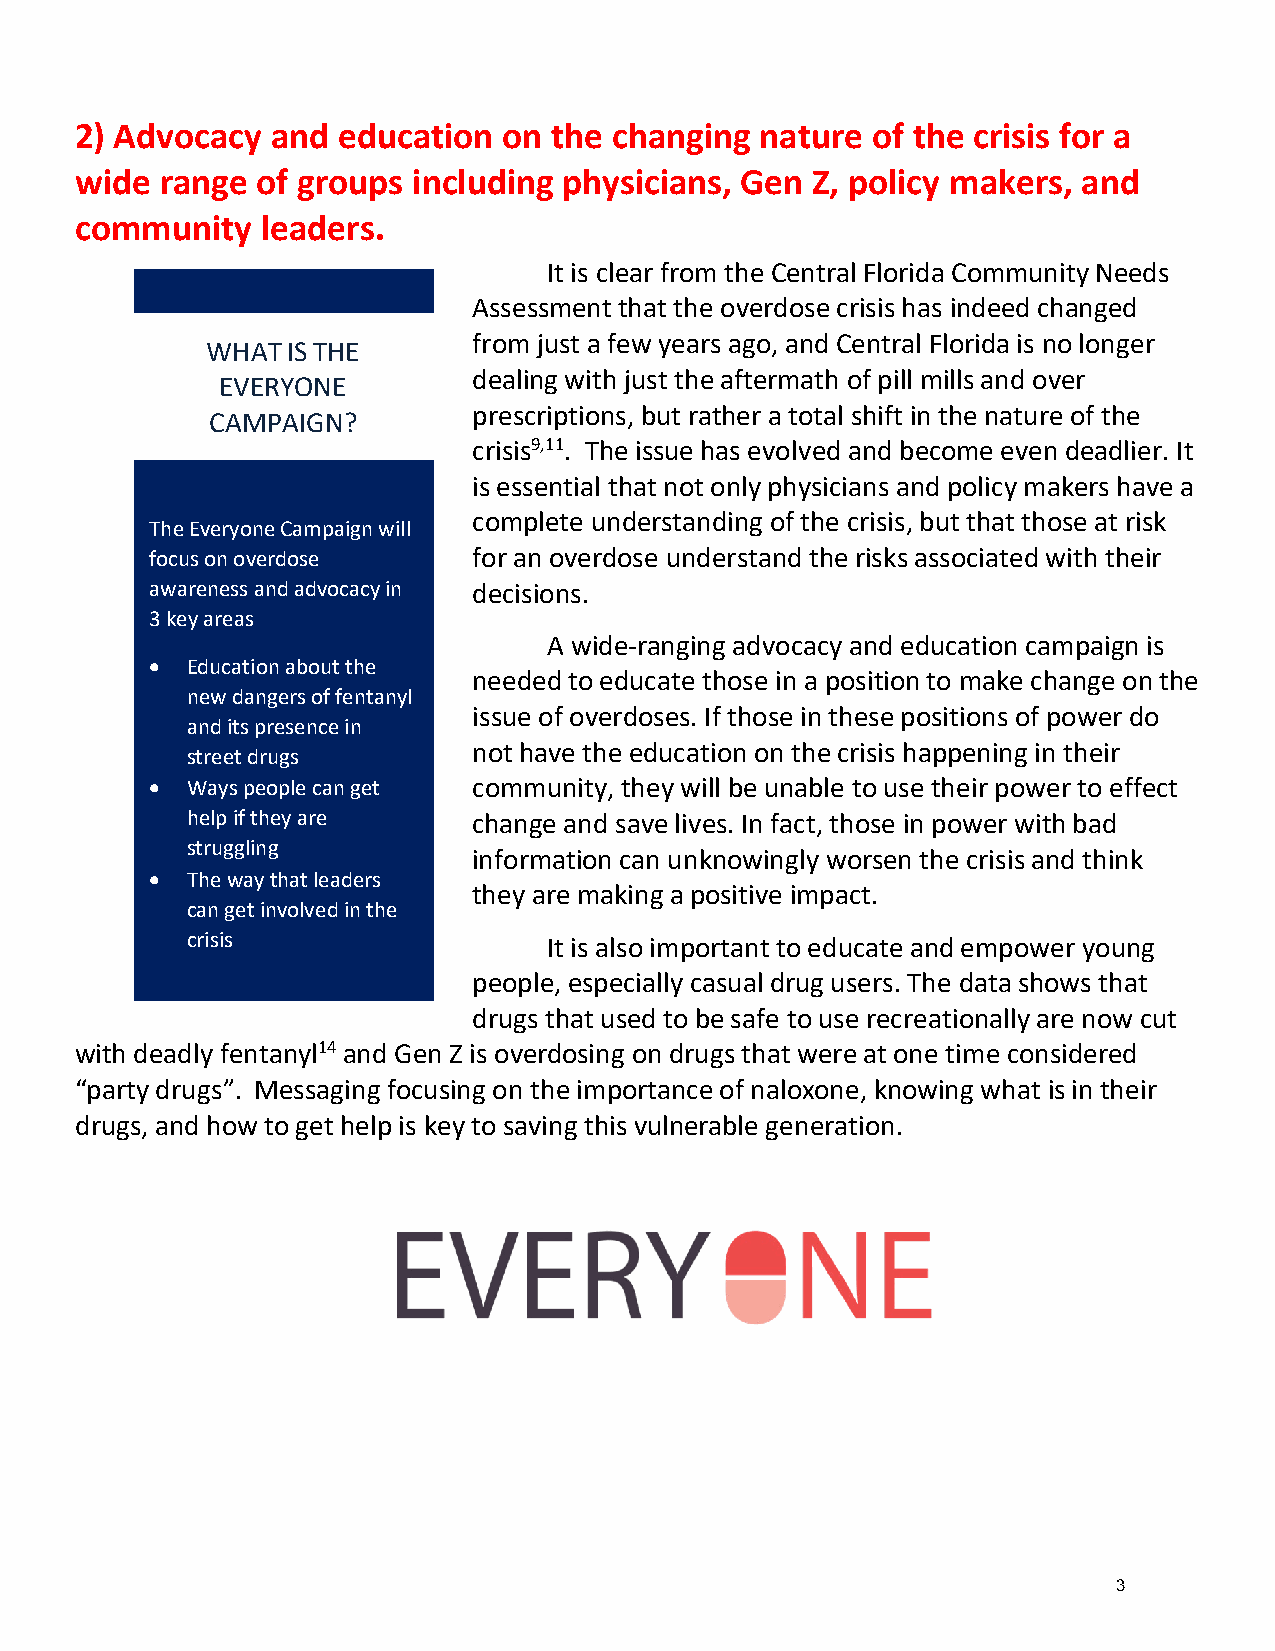
2) Advocacy  and education  on  the changing nature  of the crisis for a
 wide  range of groups including physicians, Gen  Z, policy makers, and
 community   leaders.
 It is clear from the Central Florida Community Needs
 Assessment that the overdose crisis has indeed changed
 from just a few years ago, and Central Florida is no longer
 WHAT IS THE
 dealing with just the aftermath of pill mills and over
 EVERYONE
 prescriptions, but rather a total shift in the nature of the
 CAMPAIGN?
 crisis9,11. The issue has evolved and become even deadlier. It
 is essential that not only physicians and policy makers have a
 complete understanding of the crisis, but that those at risk
 The Everyone Campaign will
 focus on overdose    for an overdose understand the risks associated with their
 awareness and advocacy in decisions.
 3 key areas
 A wide-ranging advocacy and education campaign is
 • Education about the
 needed to educate those in a position to make change on the
 new dangers of fentanyl
 issue of overdoses. If those in these positions of power do
 and its presence in
 not have the education on the crisis happening in their
 street drugs
 • Ways people can get community, they will be unable to use their power to effect
 help if they are   change and save lives. In fact, those in power with bad
 struggling
 information can unknowingly worsen the crisis and think
 • The way that leaders
 they are making a positive impact.
 can get involved in the
 crisis                  It is also important to educate and empower young
 people, especially casual drug users. The data shows that
 drugs that used to be safe to use recreationally are now cut
 with deadly fentanyl14 and Gen Z is overdosing on drugs that were at one time considered
 “party drugs”. Messaging focusing on the importance of naloxone, knowing what is in their
 drugs, and how to get help is key to saving this vulnerable generation.
 3